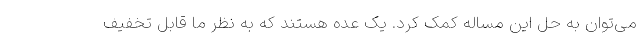
می‌توان به حل این مساله کمک کرد. یک عده هستند که به نظر ما قابل تخفیف